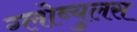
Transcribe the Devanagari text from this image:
ग्लोब्युलस